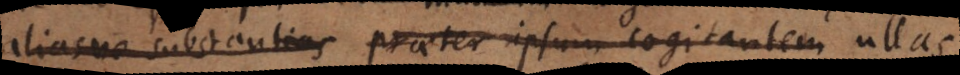
alias substantias praeter ipsum cogitantem. Licet